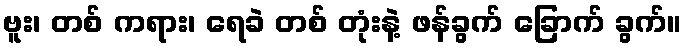
ဗူး၊ တစ် ကရား၊ ရေခဲ တစ် တုံးနဲ့ ဖန်ခွက် ခြောက် ခွက်။